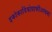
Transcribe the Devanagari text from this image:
इकोकार्डियोग्राफीअस्थमा